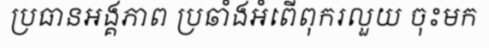
ប្រធានអង្គភាព ប្រឆាំងអំពើពុករលួយ ចុះមក